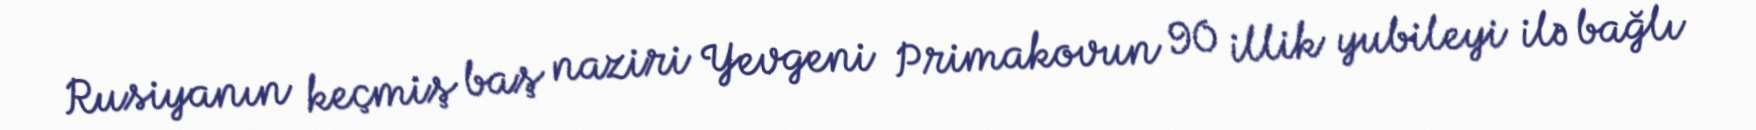
Rusiyanın keçmiş baş naziri Yevgeni Primakovun 90 illik yubileyi ilə bağlı